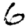
Digit: 6